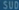
SUDOS